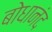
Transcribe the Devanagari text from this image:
बोधानंद